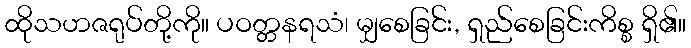
ထိုသဟဇရုပ်တို့ကို။ ပဝတ္တနရသံ၊ မျှစေခြင်း, ရှည်စေခြင်းကိစ္စ ရှိ၏။